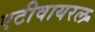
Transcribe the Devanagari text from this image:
एटीवायरल